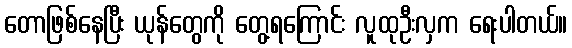
တောဖြစ်နေပြီး ယုန်တွေကို တွေ့ရကြောင်း လူထုဦးလှက ရေးပါတယ်။